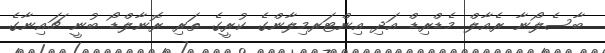
ބާސެލޯނާ ރެއާލް މެޑްރިޑް އަދި އިންޓަރމިލާންގެ ކުރީގެ ތަރި ރޮނާލްޑޯ ބުނީ ޗައިނާގެ